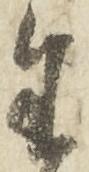
生